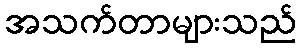
အသက်တာများသည်